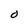
Character: O